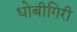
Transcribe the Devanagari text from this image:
धोबीगिरी